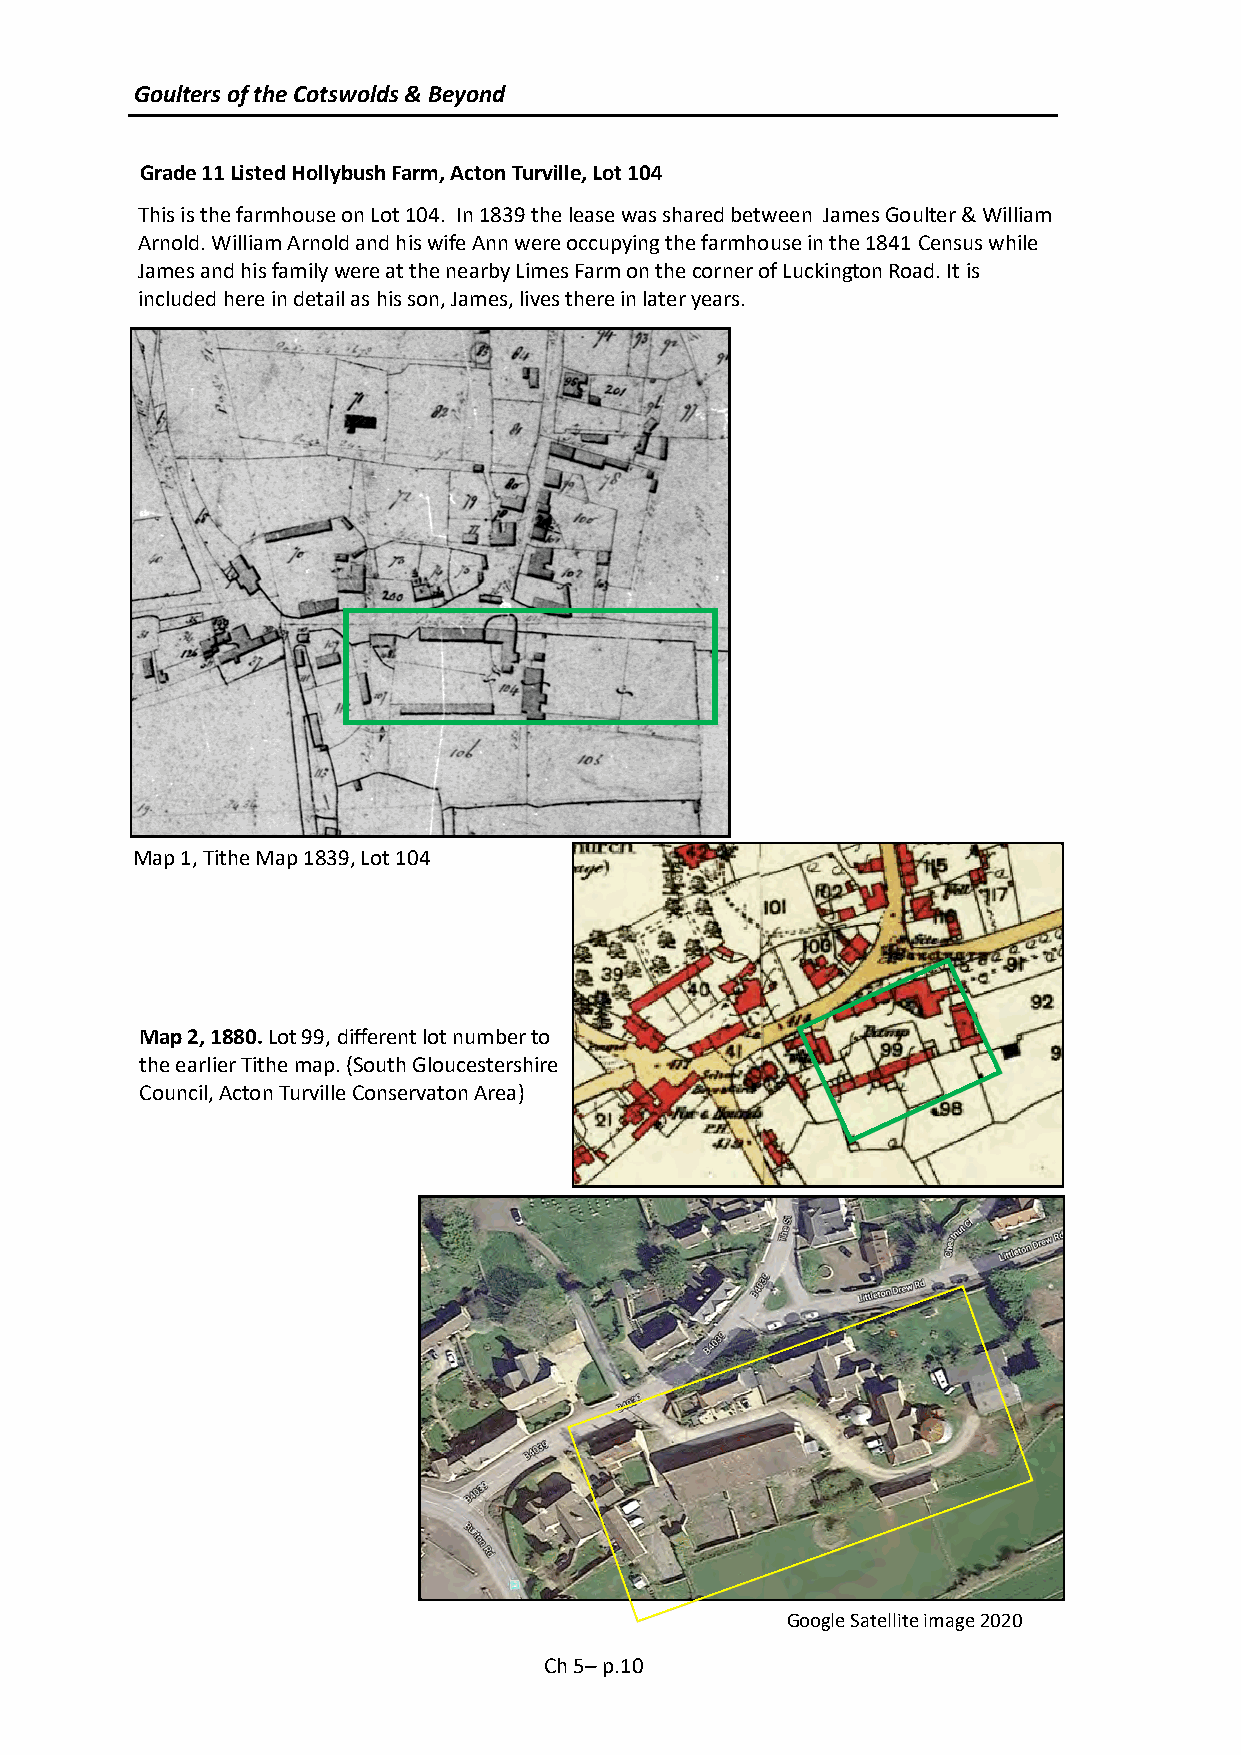
Goulters of the Cotswolds & Beyond
 Grade 11 Listed Hollybush Farm, Acton Turville, Lot 104
 This is the farmhouse on Lot 104. In 1839 the lease was shared between James Goulter & William
 Arnold. William Arnold and his wife Ann were occupying the farmhouse in the 1841 Census while
 James and his family were at the nearby Limes Farm on the corner of Luckington Road. It is
 included here in detail as his son, James, lives there in later years.
 Map 1, Tithe Map 1839, Lot 104
 Map 2, 1880.Lot 99, different lot number to
 the earlier Tithe map. (South Gloucestershire
 Council, Acton Turville Conservaton Area)
 Google Satellite image 2020
 Ch 5– p.10